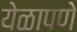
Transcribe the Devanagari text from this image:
येळापणे